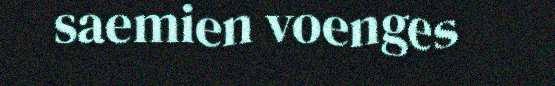
saemien voenges